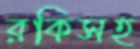
রকিসহ